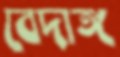
বেদাঙ্গ